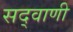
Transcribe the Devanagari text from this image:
सद्वाणी